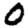
Digit: 0